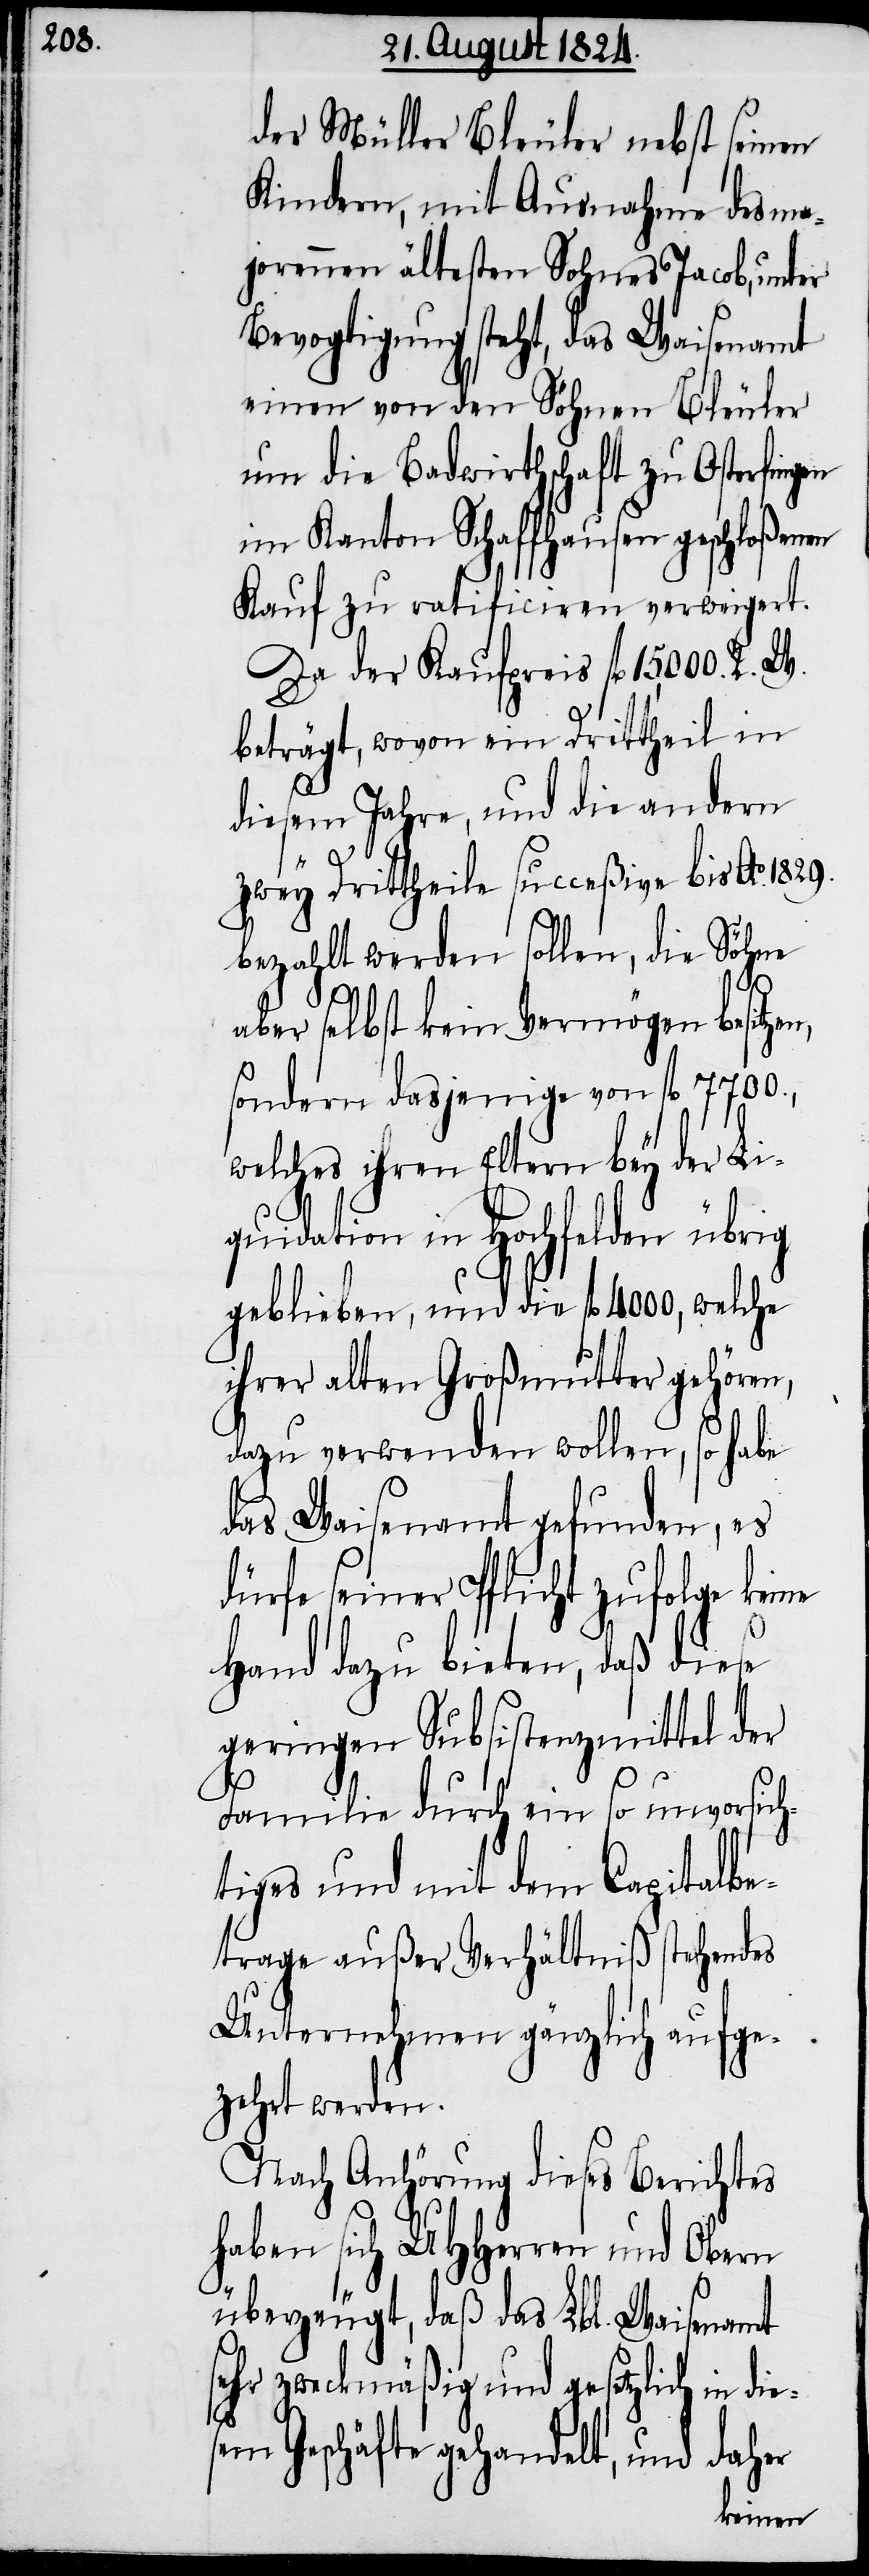
der Müller Bleuler nebst seinen
Kindern, mit Ausnahme des ma¬
jorennen ältesten Sohnes Jacob, unter
Bevogtigung steht, das Waisenamt
einen von den Söhnen Bleuler
um die Badewirthschaft zu Osterfingen
im Kanton Schaffhausen geschloßenen
Kauf zu ratificirten verweigert.
Da der Kaufpreis fl 15,000. R.
beträgt, wovon ein Drittheil in
diesem Jahre, und die andern
zwey Drittheile succeßive bis Ao. 1829.
bezahlt werden sollen, die Söhne
aber selbst kein Vermögen besitze¬
sondern dasjenige von fl 7700.,
welches ihren Eltern bey der Li¬
quidation in Hochfelden übrig
geblieben, und die fl 4000, welche
ihrer alten Großmutter gehören,
dazu verwenden wollen, so habe
das Waisenamt gefunden, es
dürfe seiner Pflicht zufolge keine
Hand dazu bieten, daß diese
geringen Subsistenzmittel der
e¬
Familie durch ein so unvorsich¬
tiges und mit dem Capitalbe¬
trage außer Verhältniß stehendes
Unternehmen gänzlich aufge¬
zehrt werden.
Nach Anhörung dieses Berichtes
haben sich UHHerren und Obern
überzeugt, daß das Lbl. Waisenamt
sehr zweckmäßig und gesetzlich in di¬
sem Geschäfte gehandelt, und daher